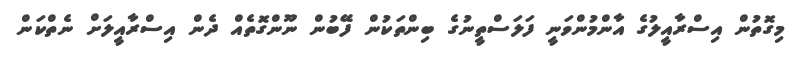
މިގޮތުން އިސްރާއީލުގެ އާންމުންވަނީ ފަލަސްތީނުގެ ބިންތަކުން ފޭބުން ނޫންގޮތެއް ދެން އިސްރާއީލަށް ނެތްކަން